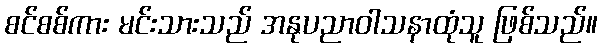
စင်စစ်ကား မင်းသားသည် အနုပညာဝါသနာထုံသူ ဖြစ်သည်။